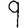
Digit: 9